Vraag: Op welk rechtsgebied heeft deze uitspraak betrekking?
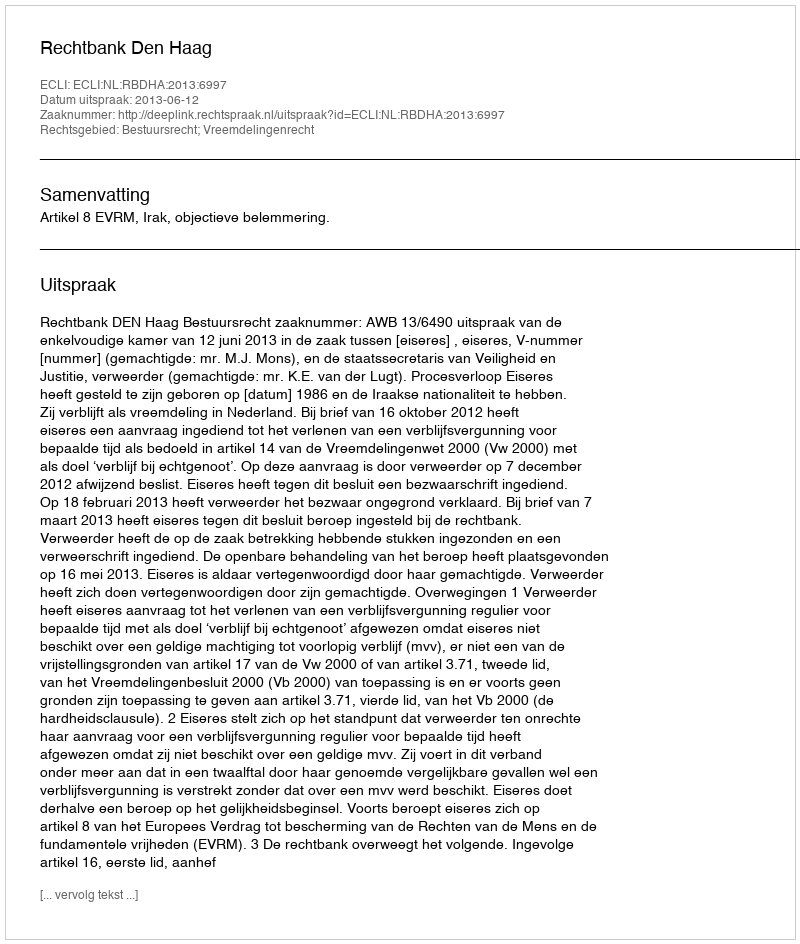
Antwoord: Bestuursrecht; Vreemdelingenrecht